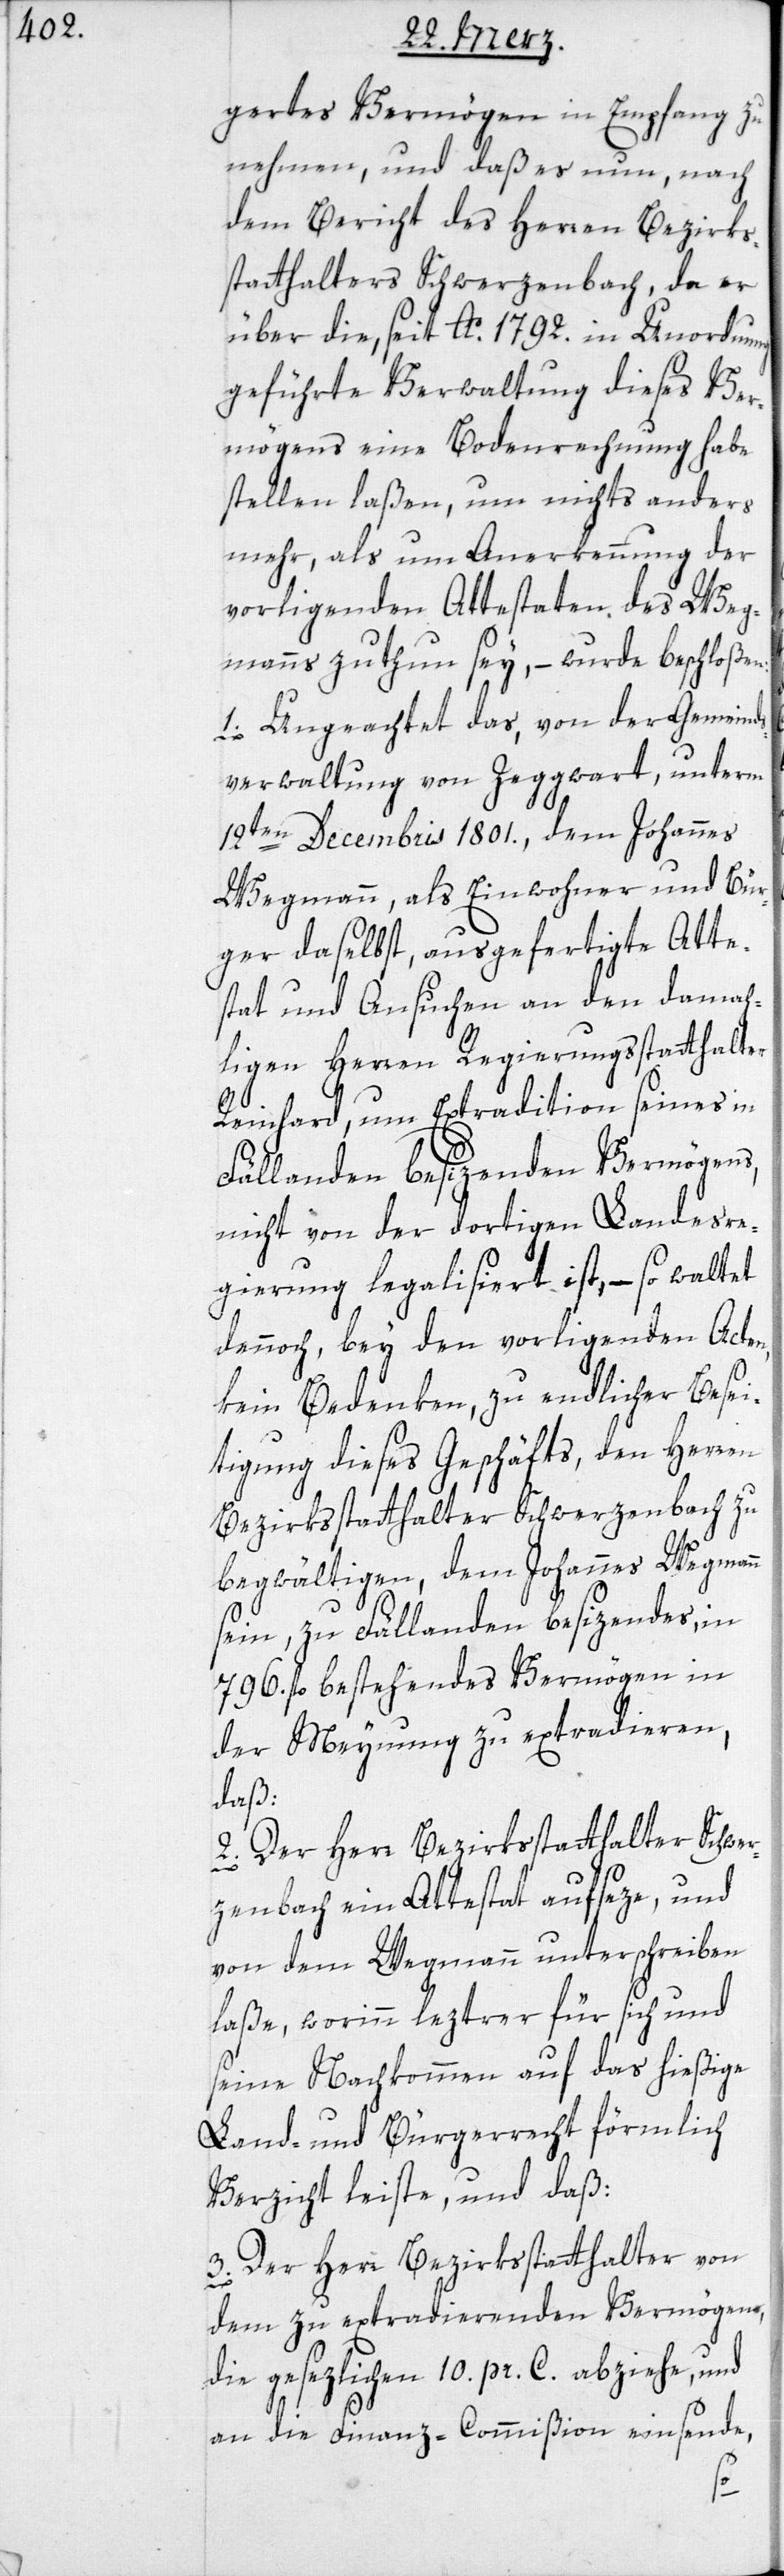
gertes Vermögen in Empfang zu
nehmen, und daß es nun, nach
dem Bericht des Herren Bezirks¬
statthalters Schwerzenbach, da er
über die, seit Ao. 1792. in Unordnung
geführte Verwaltung dieses Ver¬
mögens eine Bodenrechnung habe
stellen laßen, um nichts anders
mehr, als um Anerkennung der
vorliegenden Attestaten des Weg¬
manns zu thun sey, – wurde beschloßen:
1. Ungeachtet das, von der Gemeinds¬
verwaltung von Zeggwart, unterm
12ten December 1801., dem Johannes
Wegmann, als Einwohner und Bür¬
ger daselbst, ausgefertigte Atte¬
stat und Ansuchen an den damah¬
ligen Herren Regierungsstatthalter
Reinhard, um Extradition seines in
Fällanden besizenden Vermögens,
nicht von der dortigen Landesre¬
gierung legalisiert ist, – so waltet
dennoch, bey den vorliegenden Acten,
kein Bedenken, zu endlicher Besei¬
tigung dieses Geschäfts, den Herren
Bezirksstatthalter Schwerzenbach zu
begwältigen, dem Johannes Wegmann
sein, zu Fällanden besizendes, in
796. fl. bestehendes Vermögen in
der Meynung zu extradieren,
daß:
2. Der Herr Bezirksstatthalter Schwe¬
rzenbach ein Attestat aufseze, und
von dem Wegmann unterschreiben
laße, worinn leztrer für sich und
seine Nachkommen auf das hießige
Land- und Bürgerrecht förmlich
Verzicht leiste, und daß:
3. Der Herr Bezirksstatthalter von
dem zu extradierenden Vermögens,
die gesezlichen 10 pr. C. abziehe, und
an die Finanz-Commißion einsende,